Sketch of the medical history of the native army of Bombay, for the year
Year: 1876
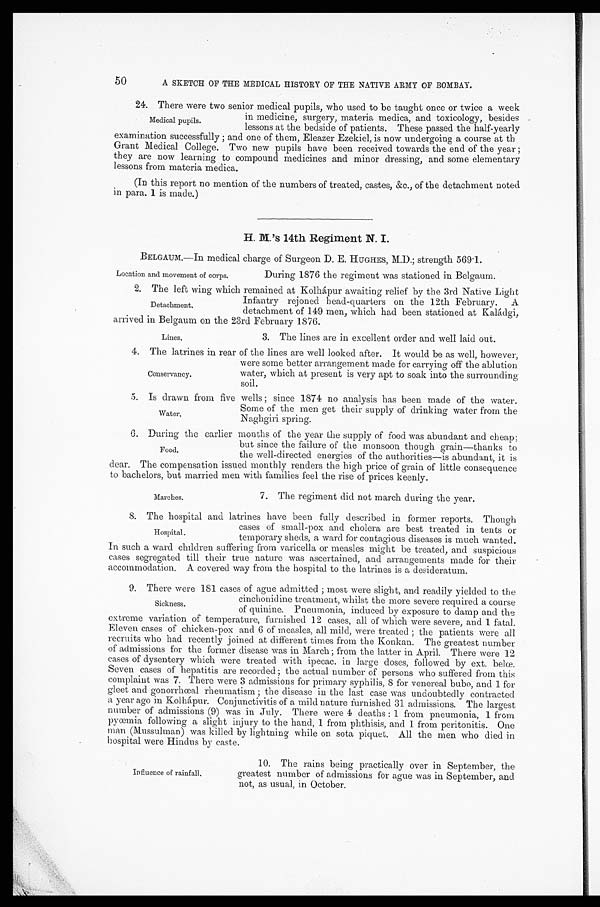
50
A SKETCH OF THE MEDICAL HISTORY OF THE NATIVE ARMY OF BOMBAY.
24. There were two senior medical pupils, who used to be taught once or twice a week
in medicine, surgery, materia medica, and toxicology, besides
lessons at the bedside of patients. These passed the half-yearly
examination successfully; and one of them, Eleazer Ezekiel, is now undergoing a course at th
Grant Medical College. Two new pupils have been received towards the end of the year;
they are now learning to compound medicines and minor dressing, and some elementary
lessons from materia medica.
(In this report no mention of the numbers of treated, castes, &c., of the detachment noted
in para. 1 is made.)
H. M.'s 14th Regiment N. I.
BELGAUM.—In medical charge of Surgeon D. E. HUGHES, M.D.; strength 569.1.
Medical pupils.
Location and movement of corps.
During 1876 the regiment was stationed in Belgaum.
2. The left wing which remained at Kolhápur awaiting relief by the 3rd Native Light
Infantry rejoned head-quarters on the 12th February. A
detachment of 149 men, which had been stationed at Kaládgi,
arrived in Belgaum on the 23rd February 1876.
3. The lines are in excellent order and well laid out.
4. The latrines in rear of the lines are well looked after. It would be as well, however,
were some better arrangement made for carrying off the ablution
water, which at present is very apt to soak into the surrounding
soil.
5. Is drawn from five wells; since 1874 no analysis has been made of the water.
Some of the men get their supply of drinking water from the
Naghgiri spring.
6. During the earlier months of the year the supply of food was abundant and cheap;
but since the failure of the monsoon though grain—thanks to
the well-directed energies of the authorities—is abundant, it is
dear. The compensation issued monthly renders the high price of grain of little consequence
to bachelors, but married men with families feel the rise of prices keenly.
Detachment.
Lines,
Conservancy.
Water,
Food.
Marches.
7. The regiment did not march during the year.
8. The hospital and latrines have been fully described in former reports. Though
cases of small-pox and cholera are best treated in tents or
temporary sheds, a ward for contagious diseases is much wanted.
In such a ward children suffering from varicella or measles might be treated, and suspicious
cases segregated till their true nature was ascertained, and arrangements made for their
accommodation. A covered way from the hospital to the latrines is a desideratum.
9. There were 181 cases of ague admitted; most were slight, and readily yielded to the
cinchonidine treatment, whilst the more severe required a course
of quinine. Pneumonia, induced by exposure to damp and the
extreme variation of temperature, furnished 12 cases, all of which were severe, and 1 fatal.
Eleven cases of chicken-pox and 6 of measles, all mild, were treated; the patients were all
recruits who had recently joined at different times from the Konkan. The greatest number
of admissions for the former disease was in March; from the latter in April. There were 12
cases of dysentery which were treated with ipecac. in large doses, followed by ext. belœ.
Seven cases of hepatitis are recorded; the actual number of persons who suffered from this
complaint was 7. There were 3 admissions for primary syphilis, 8 for venereal bubo, and 1 for
gleet and gonorrhœal rheumatism; the disease in the last case was undoubtedly contracted
a year ago in Kolhápur. Conjunctivitis of a mild nature furnished 31 admissions. The largest
number of admissions (9) was in July. There were 4 deaths: 1 from pneumonia, 1 from
pyœmia following a slight injury to the hand, 1 from phthisis, and 1 from peritonitis. One
man (Mussulman) was killed by lightning while on sota piquet. All the men who died in
hospital were Hindus by caste.
Hospital.
Sickness.
Influence of rainfall.
10. The rains being practically over in September, the
greatest number of admissions for ague was in September, and
not, as usual, in October.